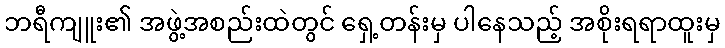
ဘရီကျူး၏ အဖွဲ့အစည်းထဲတွင် ရှေ့တန်းမှ ပါနေသည့် အစိုးရရာထူးမှ